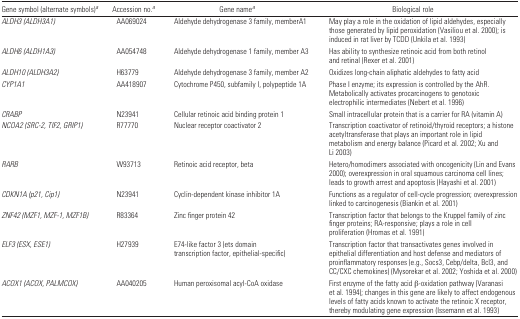
<table><thead><tr><td><b>Gene symbol (alternate symbols)<i><sup>a</sup></i></b></td><td><b>Accession no.<i><sup>a</sup></i></b></td><td><b>Gene name<i><sup>a</sup></i></b></td><td><b>Biological role</b></td></tr></thead><tbody><tr><td><i>ALDH3 (ALDH3A1)</i></td><td>AA069024</td><td>Aldehyde dehydrogenase 3 family, memberA1</td><td>May play a role in the oxidation of lipid aldehydes, especially those generated by lipid peroxidation (Vasiliou et al. 2000); is induced in rat liver by TCDD (Unkila et al. 1993)</td></tr><tr><td><i>ALDH6 (ALDH1A3)</i></td><td>AA054748</td><td>Aldehyde dehydrogenase 1 family, member A3</td><td>Has ability to synthesize retinoic acid from both retinol and retinal (Rexer et al. 2001)</td></tr><tr><td><i>ALDH10 (ALDH3A2)</i></td><td>H63779</td><td>Aldehyde dehydrogenase 3 family, member A2</td><td>Oxidizes long-chain aliphatic aldehydes to fatty acid</td></tr><tr><td><i>CYP1A1</i></td><td>AA418907</td><td>Cytochrome P450, subfamily I, polypeptide 1A</td><td>Phase I enzyme; its expression is controlled by the AhR. Metabolically activates procarcinogens to genotoxic electrophilic intermediates (Nebert et al. 1996)</td></tr><tr><td><i>CRABP</i></td><td>N23941</td><td>Cellular retinoic acid binding protein 1</td><td>Small intracellular protein that is a carrier for RA (vitamin A)</td></tr><tr><td><i>NCOA2 (SRC-2, TIF2, GRIP1)</i></td><td>R77770</td><td>Nuclear receptor coactivator 2</td><td>Transcription coactivator of retinoid/thyroid receptors; a histone acetyltransferase that plays an important role in lipid metabolism and energy balance (Picard et al. 2002; Xu and Li 2003)</td></tr><tr><td><i>RARB</i></td><td>W93713</td><td>Retinoic acid receptor, beta</td><td>Hetero/homodimers associated with oncogenicity (Lin and Evans 2000); overexpression in oral squamous carcinoma cell lines; leads to growth arrest and apoptosis (Hayashi et al. 2001)</td></tr><tr><td><i>CDKN1A (p21, Cip1)</i></td><td>N23941</td><td>Cyclin-dependent kinase inhibitor 1A</td><td>Functions as a regulator of cell-cycle progression; overexpression linked to carcinogenesis (Biankin et al. 2001)</td></tr><tr><td><i>ZNF42 (MZF1, MZF-1, MZF1B)</i></td><td>R83364</td><td>Zinc finger protein 42</td><td>Transcription factor that belongs to the Kruppel family of zinc finger proteins; RA-responsive; plays a role in cell proliferation (Hromas et al. 1991)</td></tr><tr><td><i>ELF3 (ESX, ESE1)</i></td><td>H27939</td><td>E74-like factor 3 (ets domain transcription factor, epithelial-specific)</td><td>Transcription factor that transactivates genes involved in epithelial differentiation and host defense and mediators of proinflammatory responses (e.g., Socs3, Cebp/delta, Bcl3, and CC/CXC chemokines) (Mysorekar et al. 2002; Yoshida et al. 2000)</td></tr><tr><td><i>ACOX1 (ACOX, PALMCOX)</i></td><td>AA040205</td><td>Human peroxisomal acyl-CoA oxidase</td><td>First enzyme of the fatty acid β-oxidation pathway (Varanasi et al. 1994); changes in this gene are likely to affect endogenous levels of fatty acids known to activate the retinoic X receptor, thereby modulating gene expression (Issemann et al. 1993)</td></tr></tbody></table>